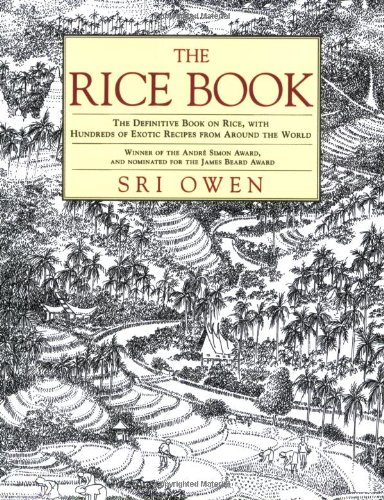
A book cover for The Rice Book: The Definitive Book on Rice, with Hundreds of Exotic Recipes from Around the World; Sri Owen; Cookbooks, Food & Wine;